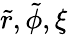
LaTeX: \tilde{r},\tilde{\phi},\xi